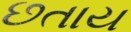
છતાય